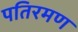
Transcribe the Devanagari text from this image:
पतिरमण